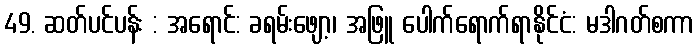
49. ဆတ်ပင်ပန်း : အရောင်: ခရမ်းဖျော့၊ အဖြူ ပေါက်ရောက်ရာနိုင်ငံ: မဒါဂတ်စကာ